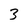
Character: 3